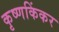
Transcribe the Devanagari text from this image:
कृष्णकिंकर